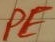
Text: PE